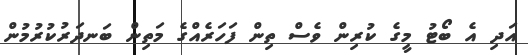
އަދި އެ ބޯޓު މީގެ ކުރިން ވެސް ތިން ފަހަރެއްގެ މަތިން ބަނދަރުކުރުމުން